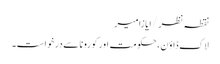
نقطہ نظر/ایازامیر
لاک ڈاؤن، حکومت اور کورونا سے درخواست۔